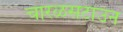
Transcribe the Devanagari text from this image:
चारळसटाउन